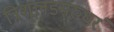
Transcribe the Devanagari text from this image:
त्रिशूलडमरुधरं